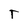
Character: T